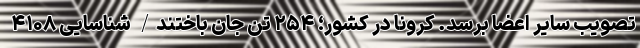
تصویب سایر اعضا برسد. کرونا در کشور؛ ۲۵۴ تن جان باختند/ شناسایی ۴۱۰۸